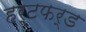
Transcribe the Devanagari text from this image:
हर्टफर्ड